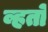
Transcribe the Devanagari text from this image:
व्हतो